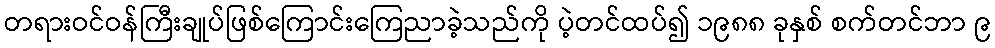
တရားဝင်ဝန်ကြီးချုပ်ဖြစ်ကြောင်းကြေညာခဲ့သည်ကို ပဲ့တင်ထပ်၍ ၁၉၈၈ ခုနှစ် စက်တင်ဘာ ၉